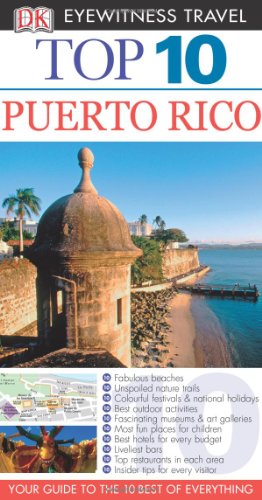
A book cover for Puerto Rico (DK Eyewitness Top 10 Travel Guide); Christopher Baker; Travel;